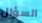
السؤال